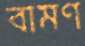
বামণ